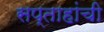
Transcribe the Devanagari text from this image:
सप्ताहांची